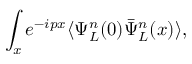
\int _ { x } e ^ { - i p x } \langle \Psi _ { L } ^ { n } ( 0 ) \bar { \Psi } _ { L } ^ { n } ( x ) \rangle ,